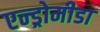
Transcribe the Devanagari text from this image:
एन्ड्रोमीडा